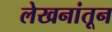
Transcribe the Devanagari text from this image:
लेखनांतून